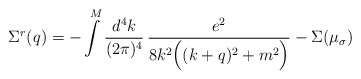
\begin{align*}\Sigma^r(q) = -\int\limits^M \frac{d^4k}{(2\pi)^4}\,\frac{e^2}{8 k^2 \Big((k+q)^2 + m^2\Big)} - \Sigma(\mu_\sigma)\end{align*}